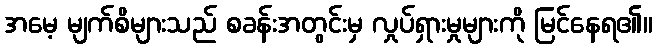
အမေ့ မျက်စိများသည် စခန်းအတွင်းမှ လှုပ်ရှားမှုများကို မြင်နေရ၏။